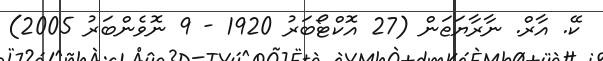
ކޭ. އާރް. ނާރާޔަޱަން (27 އޮކްޓޯބަރު 1920 - 9 ނޮވެންބަރު 2005)